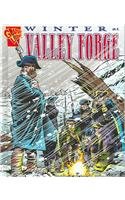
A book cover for Winter at Valley Forge (Graphic History); Matt Doeden; Children's Books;